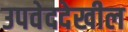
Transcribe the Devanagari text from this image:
उपवेददेखील